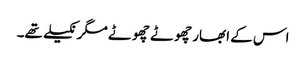
اس کے ابھار چھوٹے چھوٹے مگر نکیلے تھے۔